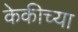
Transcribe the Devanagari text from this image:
केकीच्या